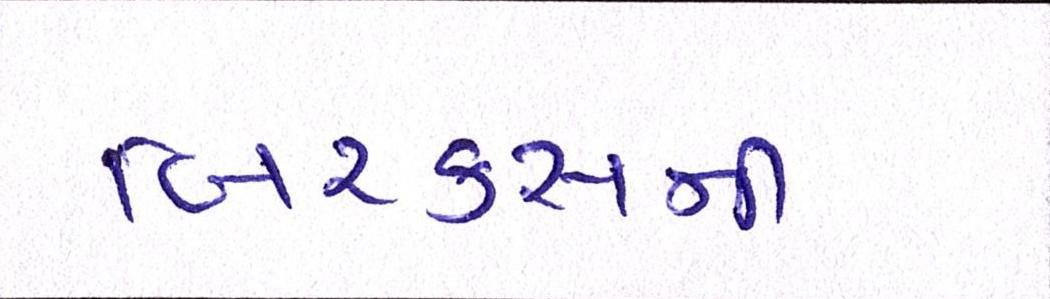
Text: બિ્રક્સની